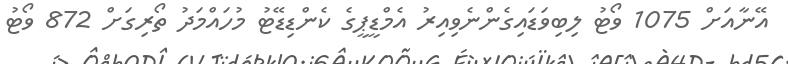
އޭނާއަށް 1075 ވޯޓު ލިބިވަޑައިގެންނެވިއިރު އެމްޑީޕީގެ ކެންޑިޑޭޓު މުހައްމަދު ތޯރިގަށް 872 ވޯޓު